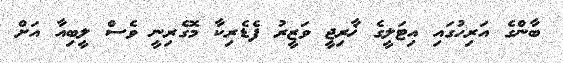
ބާންގެ އަރިހުގައި އިޓަލީގެ ޚާރިޖީ ވަޒީރު ފެޑެރިކާ މޮގެރިނީ ވެސް ލީބިއާ އަށް